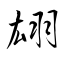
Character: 翃